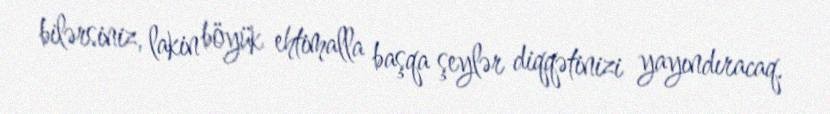
bilərsiniz, lakin böyük ehtimalla başqa şeylər diqqətinizi yayındıracaq.